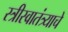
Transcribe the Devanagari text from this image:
स्त्रीस्वातंत्र्याचे